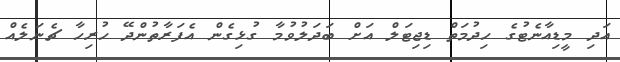
އަދި މީޑިއާނެޓުގެ ހިދުމަތް ޑިޖިޓަލް އަށް ބަދަލުވުމާ ގުޅިގެން އެފަރާތުންދޭ ހުރިހާ ޗެނަލެއް